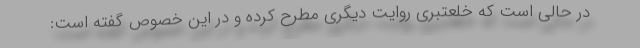
در حالی است که خلعتبری روایت دیگری مطرح کرده و در این خصوص گفته است: